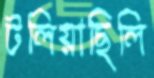
টলিয়াছিলি